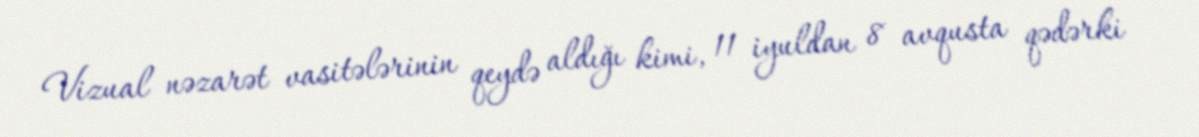
Vizual nəzarət vasitələrinin qeydə aldığı kimi, 11 iyuldan 8 avqusta qədərki